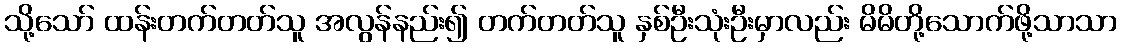
သို့သော် ထန်းတက်တတ်သူ အလွန်နည်း၍ တက်တတ်သူ နှစ်ဦးသုံးဦးမှာလည်း မိမိတို့သောက်ဖို့သာသာ